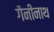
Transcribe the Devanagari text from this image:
गैनीनाथ